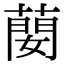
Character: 蔅